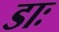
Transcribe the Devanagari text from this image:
डाः